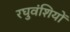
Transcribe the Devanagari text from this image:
रघुवंशियों